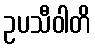
ဥပသီဝါတိ